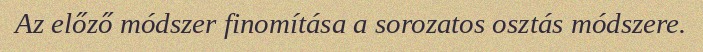
Az előző módszer finomítása a sorozatos osztás módszere.